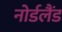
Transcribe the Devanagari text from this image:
नोर्डलैंड